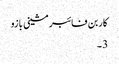
کاربن فائبر مشینی بازو
3 ۔